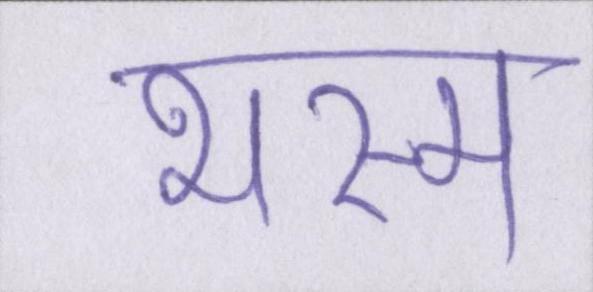
भस्म